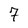
Character: 7